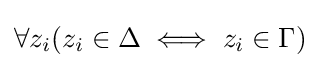
\forall z_{i}(z_{i}\in \Delta \iff z_{i}\in \Gamma )